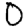
Digit: 0